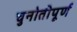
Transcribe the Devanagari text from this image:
चुनोतीपूर्ण